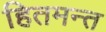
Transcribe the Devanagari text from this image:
हितमन्त